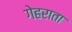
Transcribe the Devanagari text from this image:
गेहराता